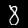
Digit: 8